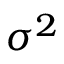
\sigma ^ { 2 }